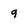
Character: 9